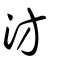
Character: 汸